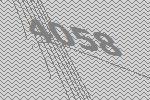
4058